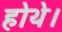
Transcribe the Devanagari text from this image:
होथे।